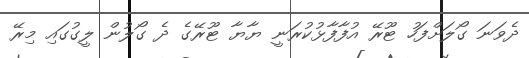
ދެވަނަ ގޯލަށްފަހު ޓޫރޭ އުފާފާޅުކުރަނީ ޔާޔާ ޓޫރޭގެ ދެ ގޯލުން ލީގުގައި މިރޭ